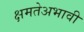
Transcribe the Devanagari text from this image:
क्षमतेअभावी